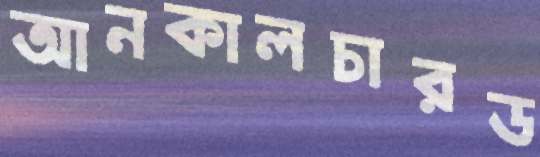
আনকালচারড